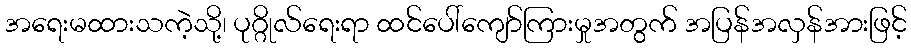
အရေးမထားသကဲ့သို့၊ ပုဂ္ဂိုလ်ရေးရာ ထင်ပေါ်ကျော်ကြားမှုအတွက် အပြန်အလှန်အားဖြင့်